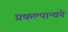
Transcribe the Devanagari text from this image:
प्रकल्पान्वये